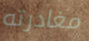
مغادرته